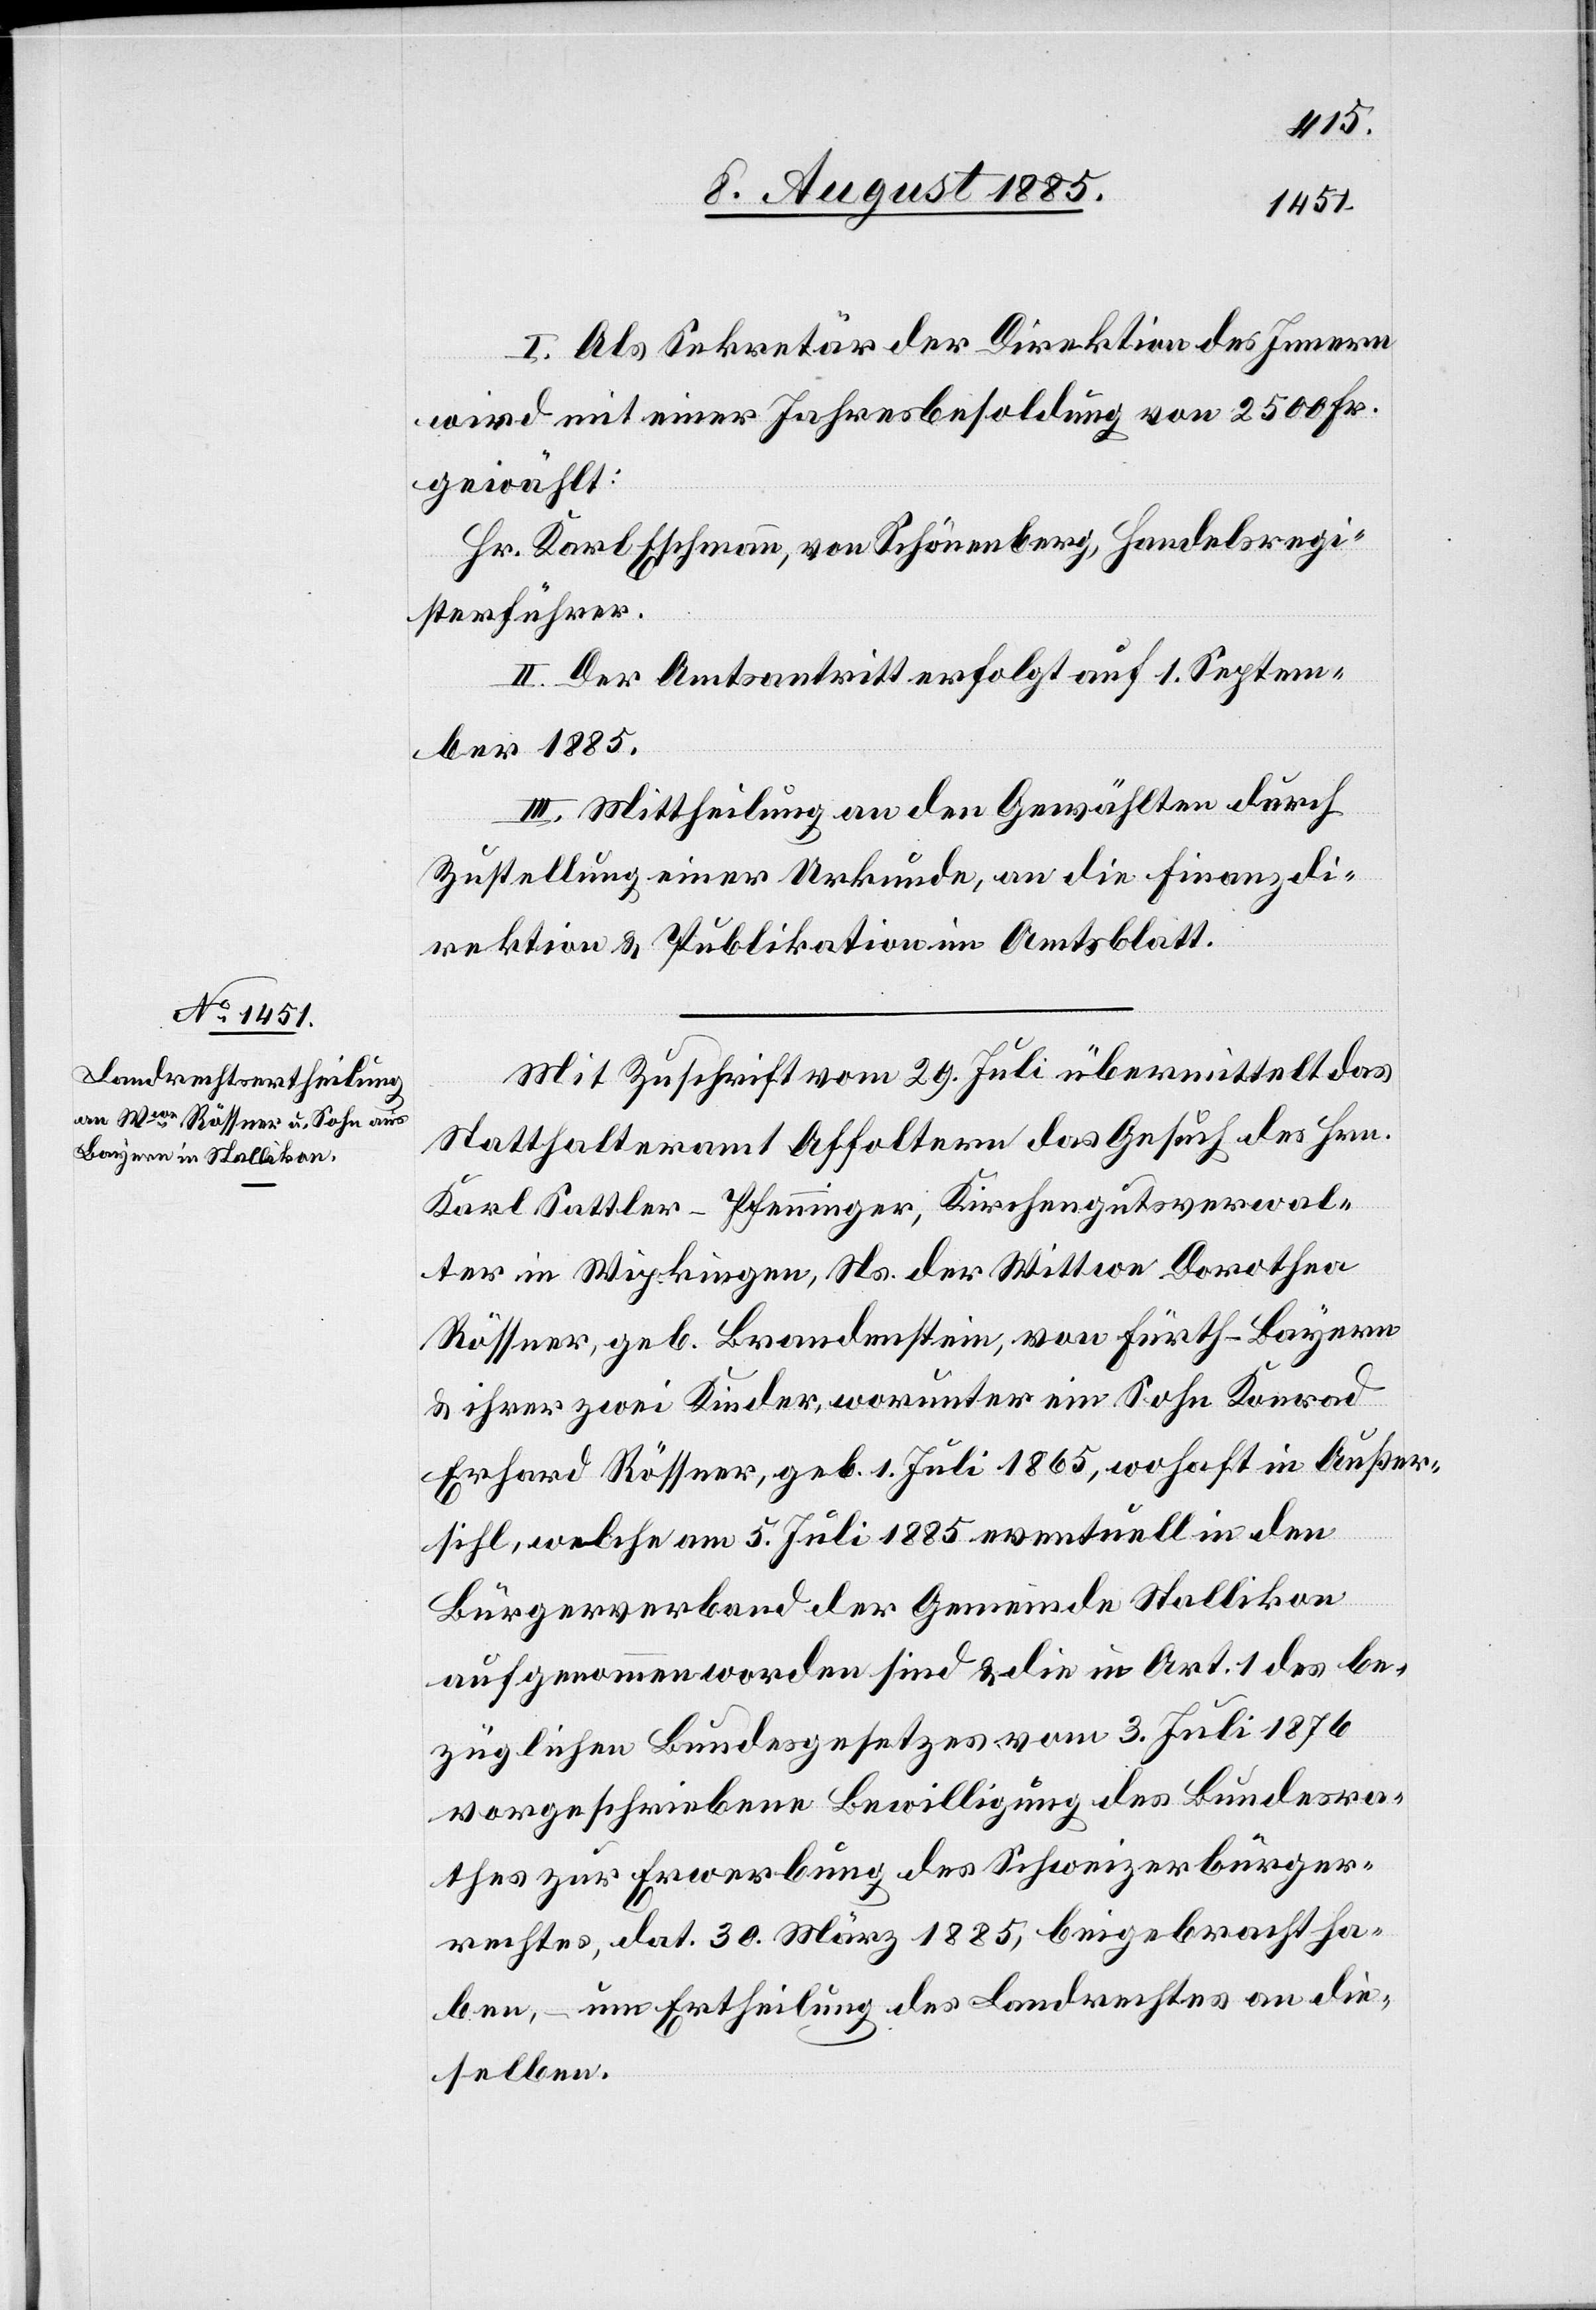
I. Als Sekretär der Direktion des Innern
wird mit einer Jahresbesoldung von 2500 Fr.
gewählt:
Hr. Karl Eschmann, von Schönenberg, Handelsregi¬
sterführer.
II. Der Amtsantritt erfolgt auf 1. Septem¬
ber 1885.
III. Mittheilung an den Gewählten durch
Zustellung einer Urkunde, an die Finanzdi¬
rektion & Publikation im Amtsblatt.
Mit Zuschrift vom 29. Juli übermittelt das
Statthalteramt Affoltern das Gesuch des Hrn.
Karl Sattler-Pfenninger, Kirchengutsverwal¬
ter in Wipkingen, Ns. der Wittwe Dorothea
Rössner, geb. Brandenstein, von Fürth - Bayern
& ihrer zwei Kinder, worunter ein Sohn Konrad
Erhard Rössner, geb. 1. Juli 1865, woh[n]haft in Außer¬
sihl, welche am 5. Juli 1885 eventuell in den
Bürgerverband der Gemeinde Stallikon
aufgenommen worden sind & die in Art. 1 des be¬
züglichen Bundesgesetzes vom 3. Juli 1876
vorgeschriebene Bewilligung des Bundesra¬
thes zur Erwerbung des Schweizerbürger¬
rechtes, dat. 30. März 1885, beigebracht ha¬
ben, – um Ertheilung des Landrechtes an die¬
selben.